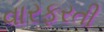
વારફરતી